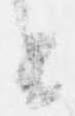
と